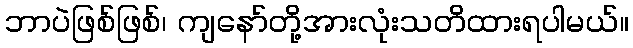
ဘာပဲဖြစ်ဖြစ်၊ ကျနော်တို့အားလုံးသတိထားရပါမယ်။